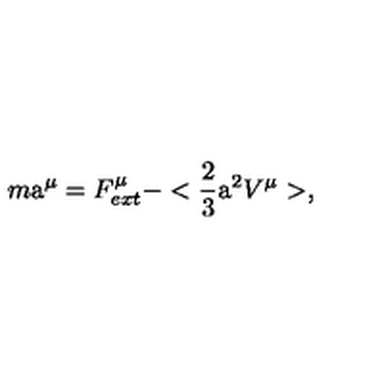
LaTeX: m \mathrm { \Large a } ^ { \mu } = F _ { e x t } ^ { \mu } - < \frac { 2 } { 3 } { \mathrm { \Large a } } ^ { 2 } V ^ { \mu } > ,